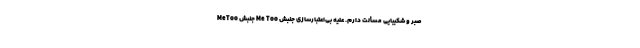
صبر و شکیبایی مسألت دارم. علیه بی‌اعتبارسازی جنبش Me Too جنبش MeToo